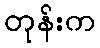
တုန်းက